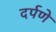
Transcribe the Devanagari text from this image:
दर्पणे